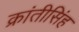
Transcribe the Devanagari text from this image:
क्रांतीसिंह